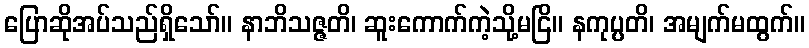
ပြောဆိုအပ်သည်ရှိသော်။ နာဘိသဇ္ဇတိ၊ ဆူးကောက်ကဲ့သို့မငြိ။ နကုပ္ပတိ၊ အမျက်မထွက်။